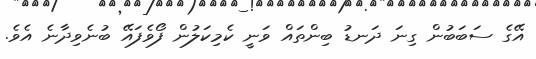
އޭގެ ސަބަބުން ގިނަ ދަނޑު ބިންތައް ވަނީ ކެމިކަލުން ފޯވެފައޭ ބުނެވިދާނެ އެވެ.